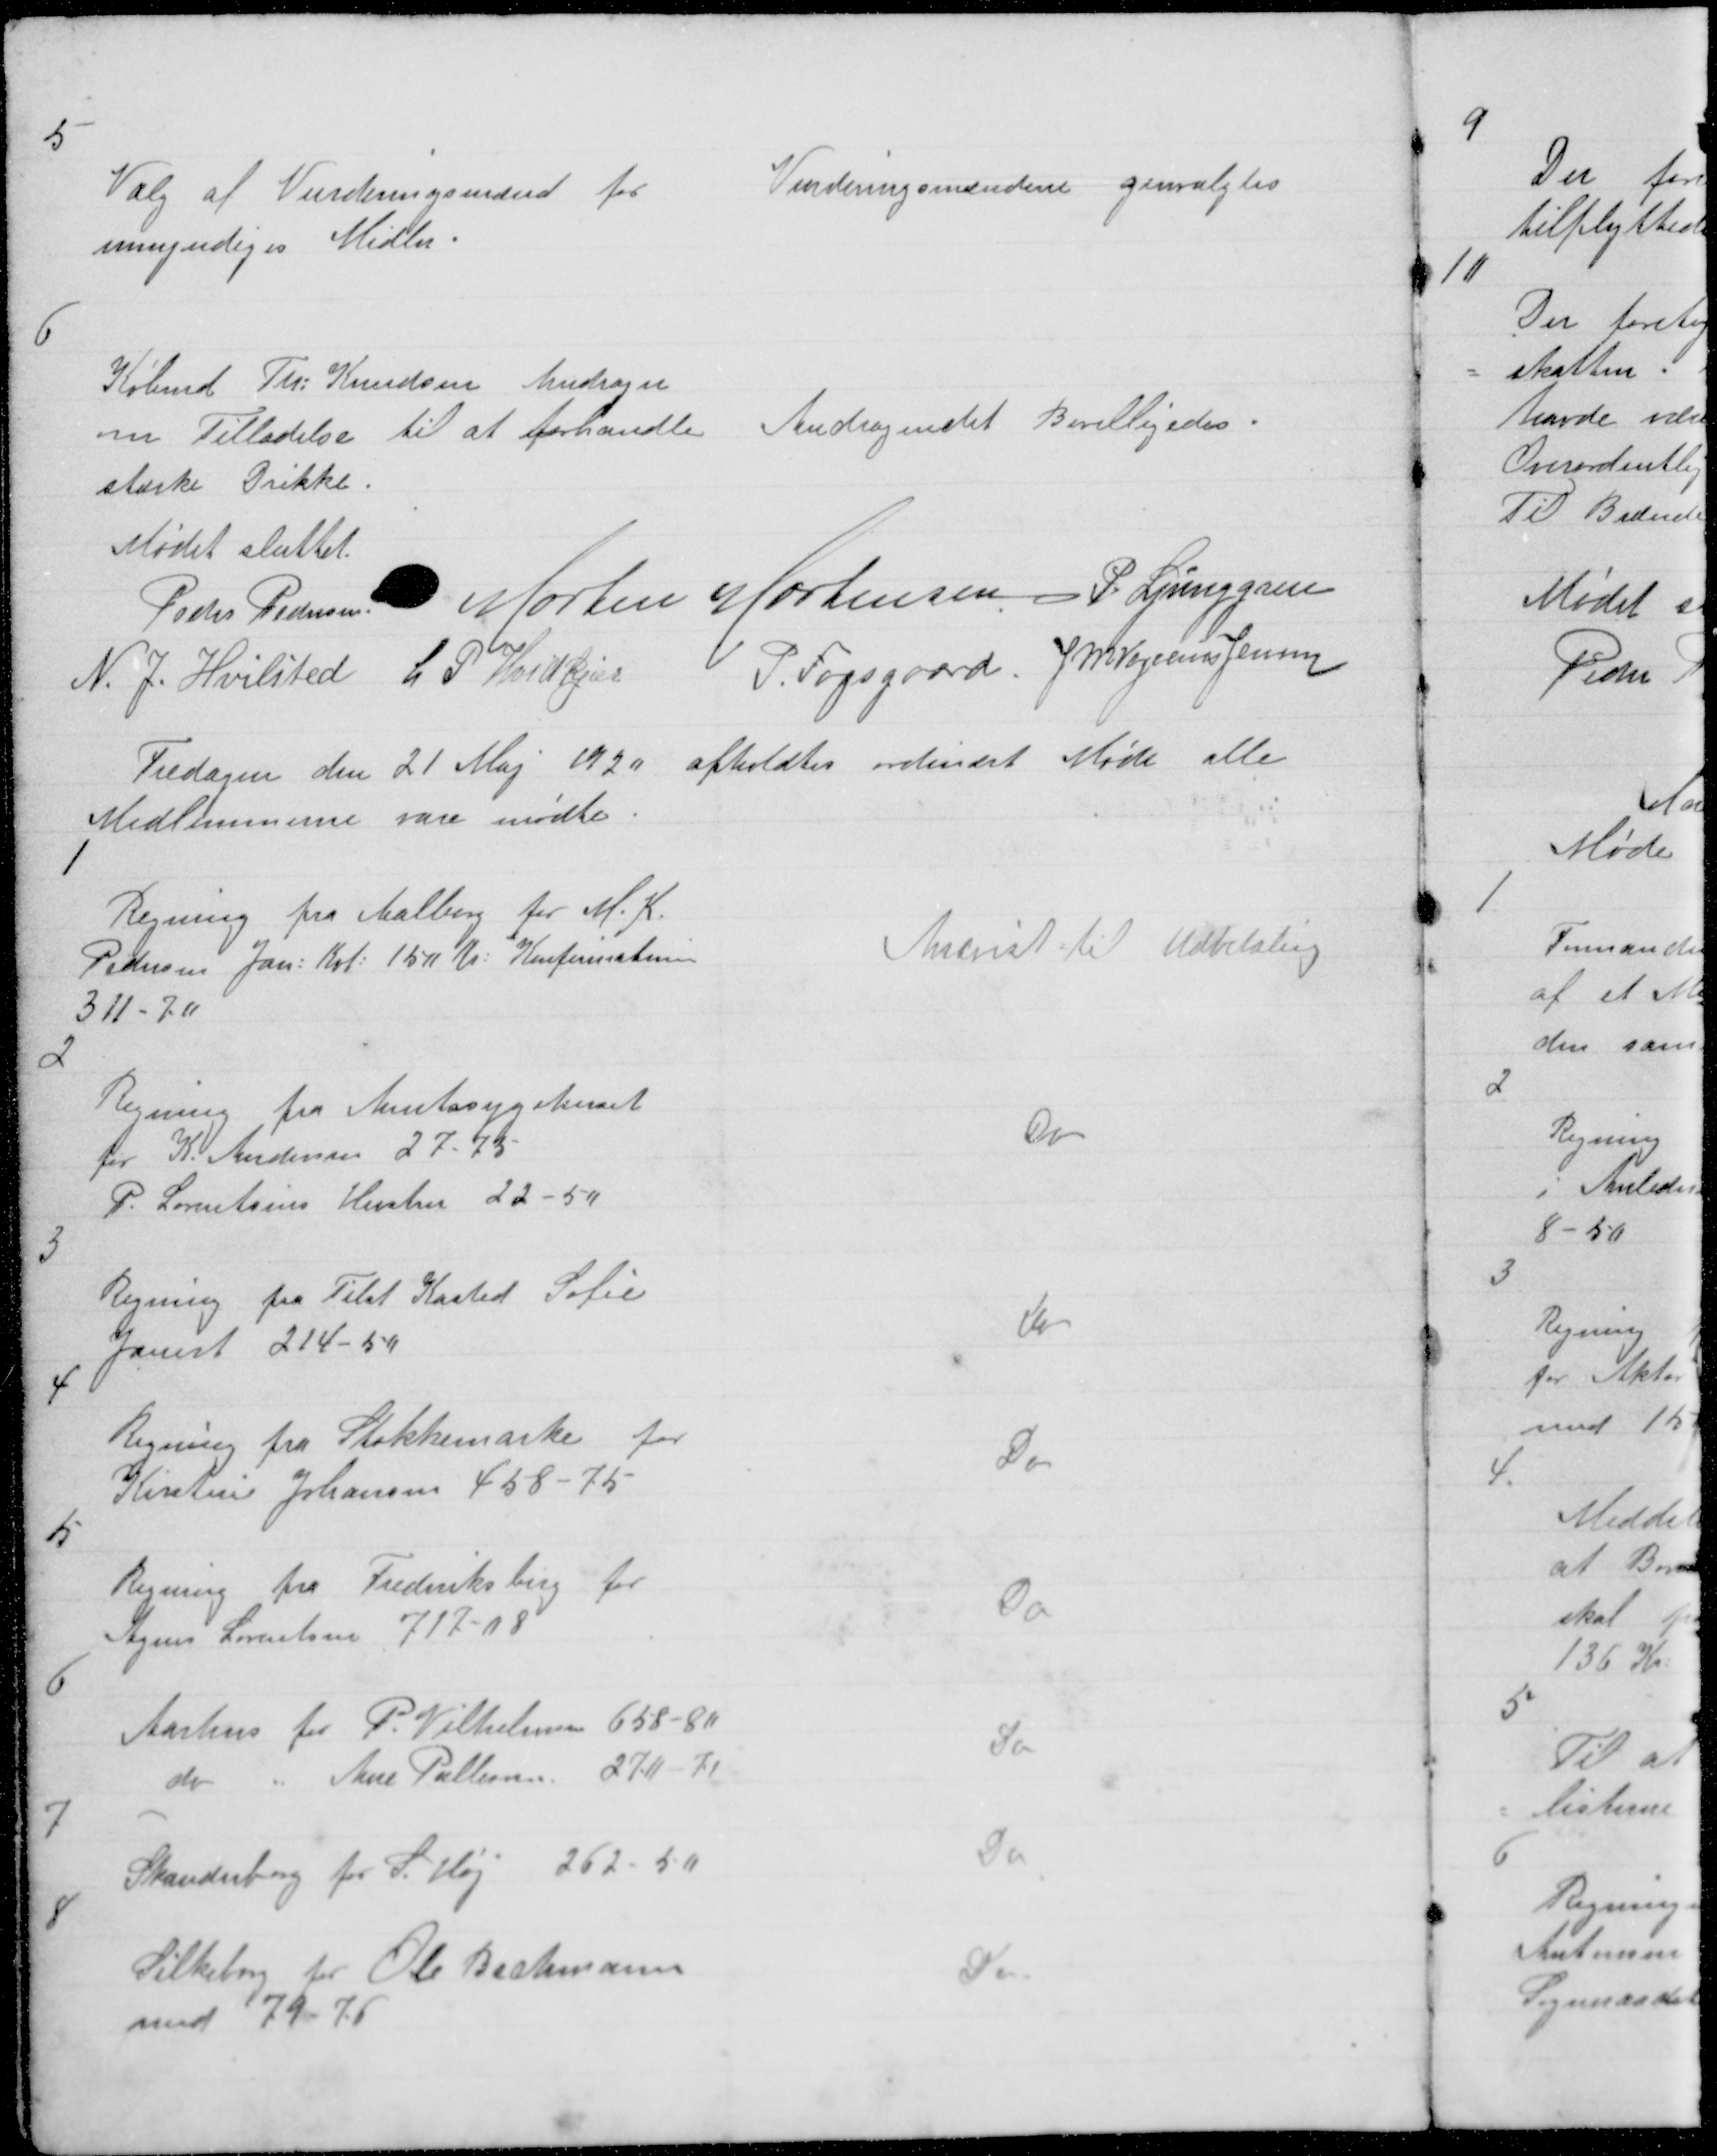
Transskription:
5

Valg af Vurderingmænd for
umyndiges Midler.

Vurderingsmændene genvalgtes

6

Købmd Th: Knudsen Andrager
om Tilladelse til at forhandle
stærke Drikke.

Andragendet bevilligedes.

Mødet sluttet
Peder Pedersen. Morten Mortensen P. Ljunggren
N. J. Hvilsted L P Hvidkjær
P. Fogsgaard J M Vogelius Jensen

Fredagen den 21 Maj 1920 afholdtes ordinært Møde alle
Medlemmerne vare mødte.

1

Regning fra Aalborg for M. K.
Pedersen Jan: Kvt: 150 Kr: Konfirmation
311 - 7.0

Anvist til Udbetaling

2

Regning fra Amtssygehuset
for K. Andersen 27 - 73 -
P. Lorentsens Hustru 22 - 54

Do

3

Regning fra Tilst Kasted Sofie
Jaurt 214 - 50

Do

4

Regning fra Stokkemarke for
Kirstine Johansen 458 - 75

Do

5

Regning fra Frederiksberg for
Agnes Lorentsen 717 - 08

Do

6

Aarhus for P. Vilhelmsen 658 - 80
do
"
Ane Pallesen 270 - 71

Do

7

Skanderborg for S. Høj 262 - 50

Do

8

Silkeborg for Ole Bechmann
med 79 - 75

Do